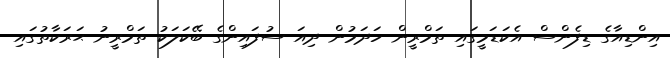
އިންޑިއާގެ ޑިފެންސް އެކަޑަމީގައި ތަމްރީން ހަދަމުން ދިއަ ސުފައިންގެ ބޭކަލަކު ތަމްރީނު ޙަރަކާތުގައި